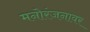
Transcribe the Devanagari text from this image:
मनोरंजनावर